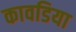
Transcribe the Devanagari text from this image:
कावडिया